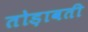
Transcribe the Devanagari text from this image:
तोड़ावती